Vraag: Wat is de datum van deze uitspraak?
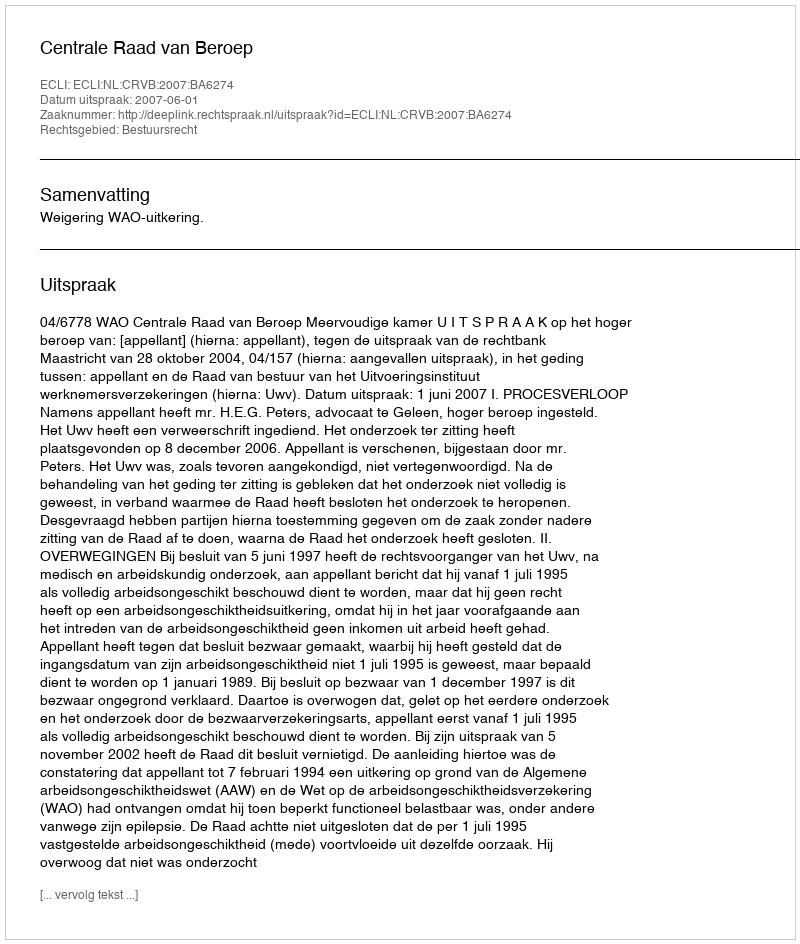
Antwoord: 2007-06-01